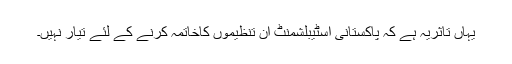
یہاں تاثریہ ہے کہ پاکستانی اسٹیبلشمنٹ ان تنظیموں کاخاتمہ کرنے کے لئے تیار نہیں۔